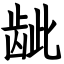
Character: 龇